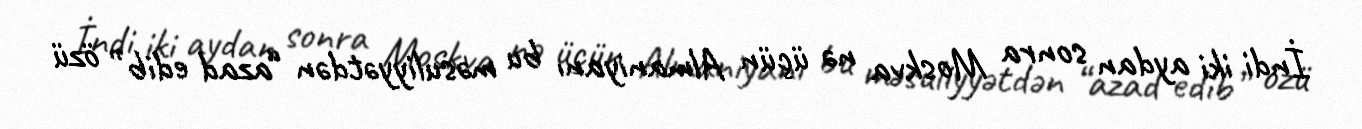
İndi iki aydan sonra Moskva nə üçün Almaniyanı bu məsuliyyətdən “azad edib” özü